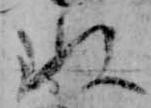
ぬ